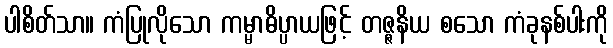
ပါစိတ်သာ။ ကံပြုလိုသော ကမ္မာဓိပ္ပာယဖြင့် တဇ္ဇနိယ စသော ကံခုနစ်ပါးကို